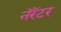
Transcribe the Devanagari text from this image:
नॅरॅटर